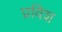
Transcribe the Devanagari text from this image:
प्रविश